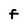
Character: f